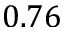
0 . 7 6